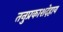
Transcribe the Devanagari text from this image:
तनुप्रकाशदेहाय